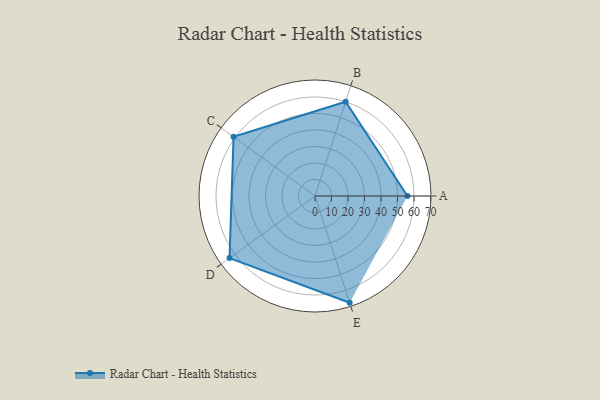
{"axis": {"x": "Skill", "y": "Score"}, "legend": ["Profile"], "data": [{"x": "A", "y": 56.0, "type": "Profile"}, {"x": "B", "y": 60.0, "type": "Profile"}, {"x": "C", "y": 61.0, "type": "Profile"}, {"x": "D", "y": 64.0, "type": "Profile"}, {"x": "E", "y": 68.0, "type": "Profile"}]}